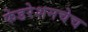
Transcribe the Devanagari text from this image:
फेडरेशनचेच